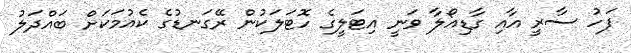
ފަހު ސާރީ އާއި ގާޑިއޯލާ ވަނީ އިޓަލީގެ ހޮޓަލަކުން ރޭގަނޑުގެ ކެއުމަކަށް ބައްދަލު